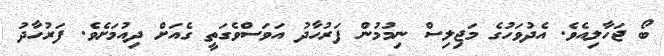
ބޯ ޖަހާލިއެވެ. އެދުވަހުގެ މަޖިލިސް ނިމުމުން ފަރުހާދު އަވަސްވެގަތީ ގެއަށް ދިއުމަށެވެ. ފަރުހާދު